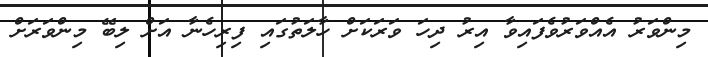
މިންވަރު އެއްވަރުވެފައިވާ އިރު ދިހަ ވަރަކަށް ހާލަތުގައި ފިރިހެނާ އަށް ލިބޭ މިންވަރަށް